Vaccination in the Punjab 1883-1896 - 1883-1896
Year: 1883
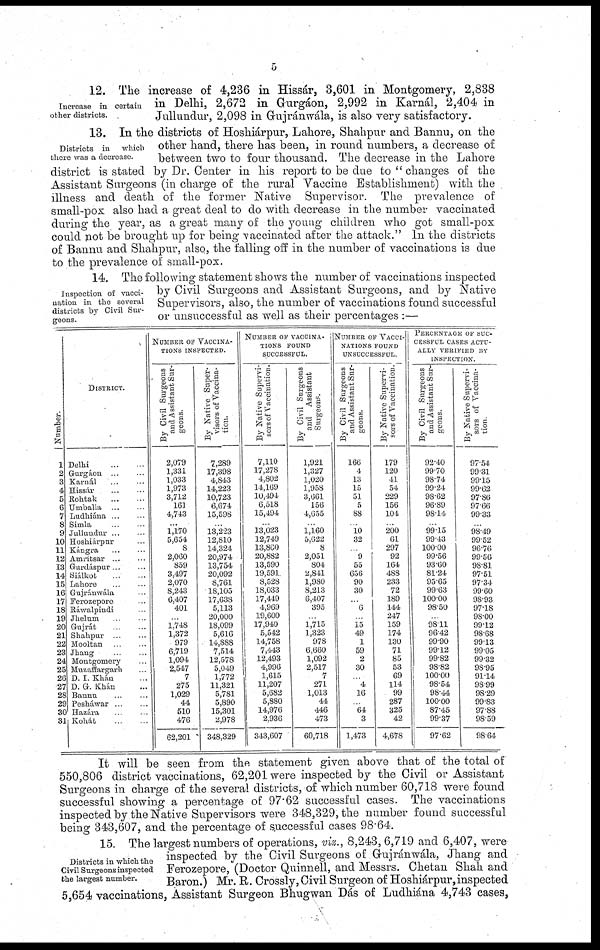
5
Increase in certain
other districts.
12. The increase of 4,236 in Hissár, 3,601 in Montgomery, 2,838
in Delhi, 2,672 in Gurgáon, 2,992 in Karnál, 2,404 in
Jullundur, 2,098 in Gujránwála, is also very satisfactory.
Districts in
which
there was a decrease.
13. In the districts of Hoshiárpur, Lahore, Shahpur and Bannu, on the
other hand, there has been, in round numbers, a decrease of
between two to four thousand. The decrease in the Lahore
district is stated by Dr. Center in his report to be due to "changes of the
Assistant Surgeons (in charge of the rural Vaccine Establishment) with the
illness and death of the former Native Supervisor. The prevalence of
small-pox also had a great deal to do with decrease in the number vaccinated
during the year, as a great many of the young children who got small-pox
could not be brought up for being vaccinated after the attack." In the districts
of Bannu and Shahpur, also, the falling off in the number of vaccinations is due
to the prevalence of small-pox.
Inspection of vacci-
nation in the several
districts by Civil Sur-
geons.
14. The following statement shows the number of vaccinations inspected
by Civil Surgeons and Assistant Surgeons, and by Native
Supervisors, also, the number of vaccinations found successful
or unsuccessful as well as their percentages :—
Number.
1
2
3
4
5
6
7
8
9
10
11
12
13
14
15
16
17
18
19
20
21
22
23
24
25
26
27
28
29
30
31
DISTRICT.
Delhi
...
...
Gurgáon ... ...
Karnál
... ...
Hissár
...
...
Rohtak ... ...
Umballa ... ...
Ludhiána ... ...
Simla ... ...
Jullundur
...
...
Hoshiárpur ...
Kángra ... ...
Amritsar ... ...
Gurdáspur ... ...
Siálkot
...
...
Lahore ... ...
Gujránwála ...
Ferozepore ...
Ráwalpindi ...
Jhelum ... ...
Gujrát ... ...
Shahpur ... ...
Mooltan ... ...
Jhang
...
...
Montgomery ...
Muzaffargarh ...
D. I. Khán ...
D. G. Khán ...
Bannu ...
Pesháwar ... ...
Hazára ... ...
Kohát
...
...
NUMBER OF VACCINA-
TIONS INSPECTED.
By Civil Surgeons
and Assistant Sur-
geons.
2,079
1,331
1,033
1,973
3,712
161
4,743
...
1,170
5,654
8
2,060
859
3,497
2,070
8,243
6,407
401
...
1,748
1,372
979
6,719
1,094
2,547
7
275
1,029
44
510
476
62,201
By Native Super-
visors of Vaccina-
tion.
7,289
17,398
4,843
14,223
10,723
6,674
15,598
...
13,223
12,810
14,324
20,974
13,754
20,092
8,761
18,105
17,638
5,113
20,000
18,099
5,616
14,888
7,514
12,578
5,049
1,772
11,321
5,781
5,890
15,301
2,978
348,329
NUMBER OF VACCINA-
TIONS FOUND
SUCCESSFUL.
By Native Supervi-
sors of Vaccination.
7,110
17,278
4,802
14,169
10,494
6,518
15,494
...
13,023
12,749
13,860
20,882
13,590
19,591
8,528
18,033
17,449
4,969
19,600
17,940
5,542
14,758
7,443
12,493
4,996
1,615
11,207
5,682
5,880
14,976
2,936
343,607
By Civil Surgeons
and Assistant
Surgeons.
1,921
1,327
1,020
1,958
3,661
156
4,655
...
1,160
5,622
8
2,051
804
2,841
1,980
8,213
6,407
395
...
1,715
1,323
978
6,660
1,092
2,517
7
271
1,013
44
446
473
60,718
NUMBER OF VACCI-
NATIONS FOUND
UNSUCCESSFUL.
By Civil Surgeons
and Assistant Sur-
geons.
166
4
13
15
51
5
88
...
10
32
...
9
55
656
90
30
...
6
...
15
49
1
59
2
30
...
4
16
...
64
3
1,473
By Native Supervi-
sors of Vaccination.
179
120
41
54
229
156
104
...
200
61
297
92
164
488
233
72
189
144
247
159
174
130
71
85
53
69
114
99
287
325
42
4,678
PERCENTAGE OF SUC-
CESSFUL CASES ACTU-
ALLY VERIFIED BY
INSPECTION.
By Civil Surgeons
and Assistant Sur-
geons.
92.40
99.70
98.74
99.24
98.62
96.89
98.14
...
99.15
99.43
100.00
99.56
93.60
81.24
95.65
99.63
100.00
98.50
...
98.11
96.42
99.90
99.12
99.82
98.82
100.00
98.54
98.44
100.00
87.45
99.37
97.62
By Native Supervi-
sors of Vaccina-
tion.
97.54
99.31
99.15
99.62
97.86
97.66
99.33
...
98.49
99.52
96.76
99.56
98.81
97.51
97.34
99.60
98.93
97.18
98.00
99.12
98.68
99.13
99.05
99.32
98.95
91.14
98.99
98.29
99.83
97.88
98.59
98.64
It will be seen from the statement given above that of the total of
550,806 district vaccinations, 62,201 were inspected by the Civil or Assistant
Surgeons in charge of the several districts, of which number 60,718 were found
successful showing a percentage of: 97.62 successful cases. The vaccinations
inspected by the Native Supervisors were 348,329, the number found successful
being 343,607, and the percentage of successful cases 98.64.
Districts in which the
Civil Surgeons inspected
the largest number.
15. The largest numbers of operations, viz., 8,243, 6,719 and 6,407, were
inspected by the Civil Surgeons of Gujránwála, Jhang and
Ferozepore, (Doctor Quinnell, and Messrs. Chetan Shah and
Baron.) Mr. R. Crossly, Civil Surgeon of Hoshiárpur, inspected
5,654 vaccinations, Assistant Surgeon Bhugwan Dás of Ludhiána 4,743 cases,